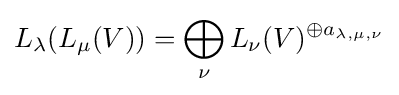
L_{\lambda }(L_{\mu }(V))=\bigoplus _{\nu }L_{\nu }(V)^{\oplus a_{\lambda ,\mu ,\nu }}